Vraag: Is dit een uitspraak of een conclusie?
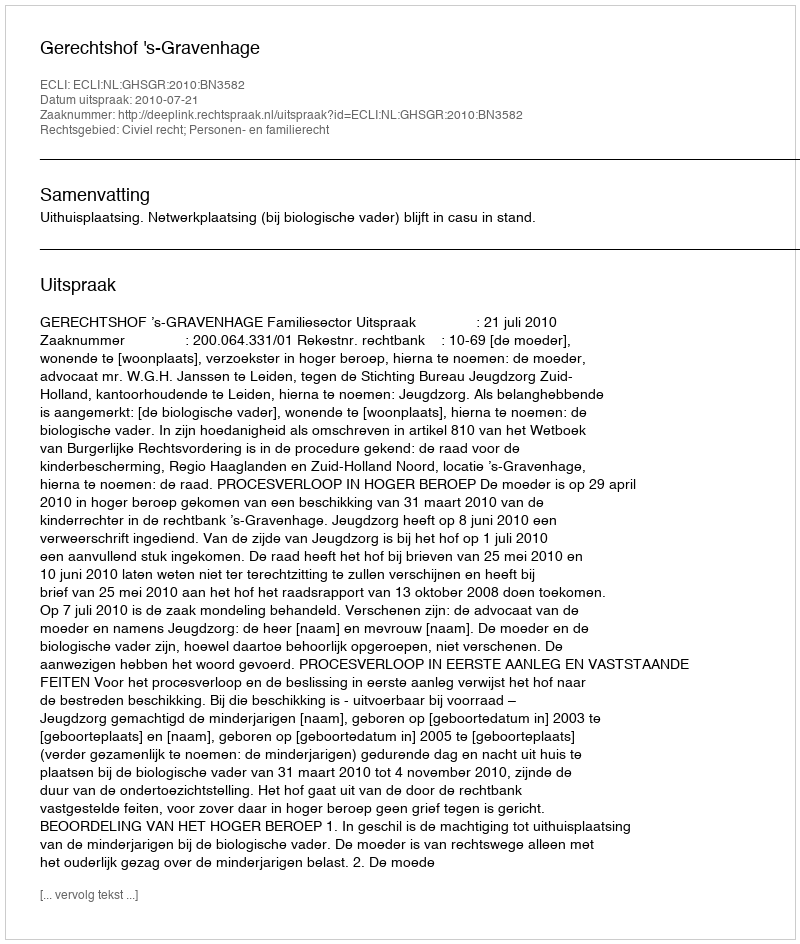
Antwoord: Uitspraak